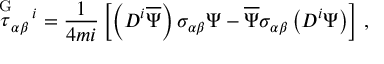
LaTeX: \stackrel { \mathrm { G } } { \tau } _ { \alpha \beta } { } ^ { \! i } = \frac { 1 } { 4 m i } \left[ \left( D ^ { i } \overline { { { \Psi } } } \right) \sigma _ { \alpha \beta } \Psi - \overline { { { \Psi } } } \sigma _ { \alpha \beta } \left( D ^ { i } \Psi \right) \right] \, ,